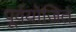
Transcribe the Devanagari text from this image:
पूर्वयोजित